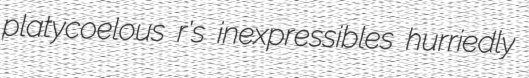
platycoelous r's inexpressibles hurriedly